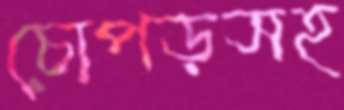
চোপড়সহ